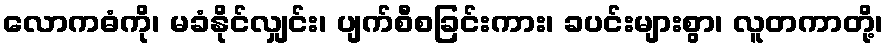
လောကဓံကို၊ မခံနိုင်လျှင်း၊ ပျက်စီစခြင်းကား၊ ခပင်းများစွာ၊ လူတကာတို့၊